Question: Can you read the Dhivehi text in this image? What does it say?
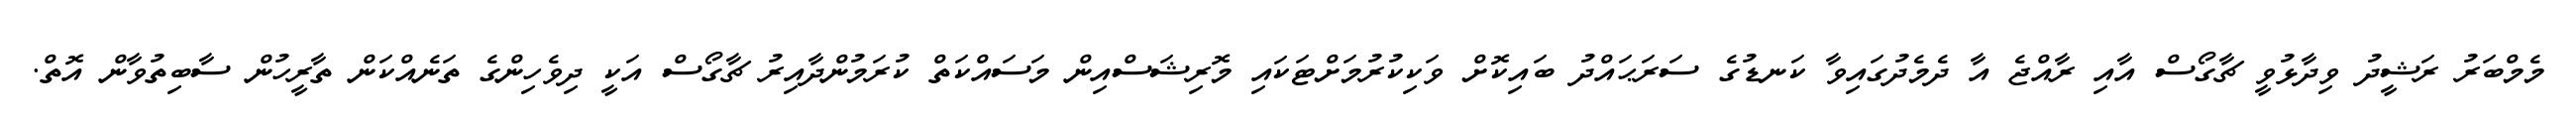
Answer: މެމްބަރު ރަޝީދު ވިދާޅުވީ ޗާގޯސް އާއި ރާއްޖެ އާ ދެމެދުގައިވާ ކަނޑުގެ ސަރަޙައްދު ބައިކޮށް ވަކިކުރުމަށްޓަކައި މޮރިޝަސްއިން މަސައްކަތް ކުރަމުންދާއިރު ޗާގޯސް އަކީ ދިވެހިންގެ ތަނެއްކަން ތާރީހުން ސާބިތުވާން އޮތް.